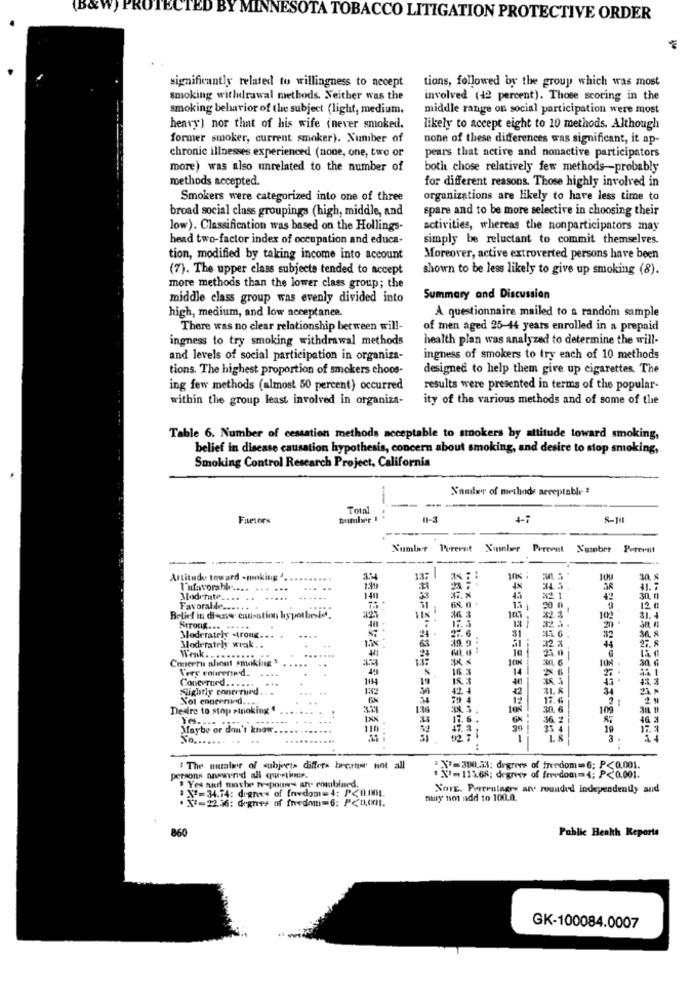
(B&W) PROTECTED BY MINNESOTA TOBACCO LITIGATION PROTECTIVE ORDER
significantly related to willingness to accept
tions, followed by the group which was most
smoking withdrawal methods. Neither was the
involved (42 percent). Those scoring in the
smoking behavior of the subject (light, medium.
middle range on social participation were most
heavy) nor that of his wife (never smoked.
likely to accept eight to 10 methods. Although
former smoker, current smoker). Number of
none of these differences was significant, it ap-
chronic illnesses experienced (none, one, two or
pears that active and nonactive participators
more) was also unrelated to the number of
both chose relatively few methods-probably
methods accepted.
for different reasons. Those highly involved in
Smokers were categorized into one of three
organizations are likely to have less time to
broad social class groupings (high, middle, and
spare and to be more selective in choosing their
low). Classification was based on the Hollings-
activities, whereas the nonparticipators may
head two-factor index of occupation and educa-
simply be reluctant to commit themselves.
tion, modified by taking income into account
Moreover, active extroverted persons have been
(7). The upper class subjects tended to accept
shown to be less likely to give up smoking (8).
more methods than the lower class group; the
middle class group was evenly divided into
Summary and Discussion
high, medium, and low acceptance.
A questionnaire mailed to a random sample
There was no clear relationship between will-
of men aged 25-44 years enrolled in a prepaid
ingness to try smoking withdrawal methods
health plan was analyzed to determine the will-
and levels of social participation in organiza-
ingness of smokers to try each of 10 methods
tions. The highest proportion of smokers choos-
designed to help them give up cigarettes. The
ing few methods (almost 50 percent) occurred
results were presented in terms of the popular-
within the group least involved in organiza-
ity of the various methods and of some of the
Table 6. Number of cessation methods acceptable to smokers by attitude toward smoking,
belief in disease causation hypothesis, concern about smoking, and desire to stop smoking,
Smoking Control Research Project, California
Samler of methods acceptable ?
Total
Factors
11-3
Number Poreret Xinber Perevat Number Percent
-- -----
Attitude toward -making ...
34
11:
30.
Tufavorable .... ..
4%
Modrmate.
140
Favorable ....
....
12
Belief it diaria causatio
spotbesid.
427
--
Strong ... ..
....
40
27.6
AG
Moderately -troug ..
12 7
Moderately wrak ..
44
Concerns about smoking 3
Weak ...
---
14
Concerned.
114
19
Slightly conerqued.
34
21
Not ennermed.
.2
Desire to stop sinoking
317
1:36
109
46
Maybe or don't know
19
17.
---
" The number of subjects differs brcater not all
X+=3INUi: degrees of freedom=6; P<0,001.
persons answered all questione.
" X=11568; degrees of freedom=4; P<0.001.
# Yes and mache tespounds an. combined.
NOTE. Pereruingrs an rounded independently and
' N'=34.74: degnes of freedom=4: P<0.10.
muy not add to 100.0.
**= 22.36: degrees of freedom=6: P<n,(I.
860
Public Health Reports
GK-100084.0007